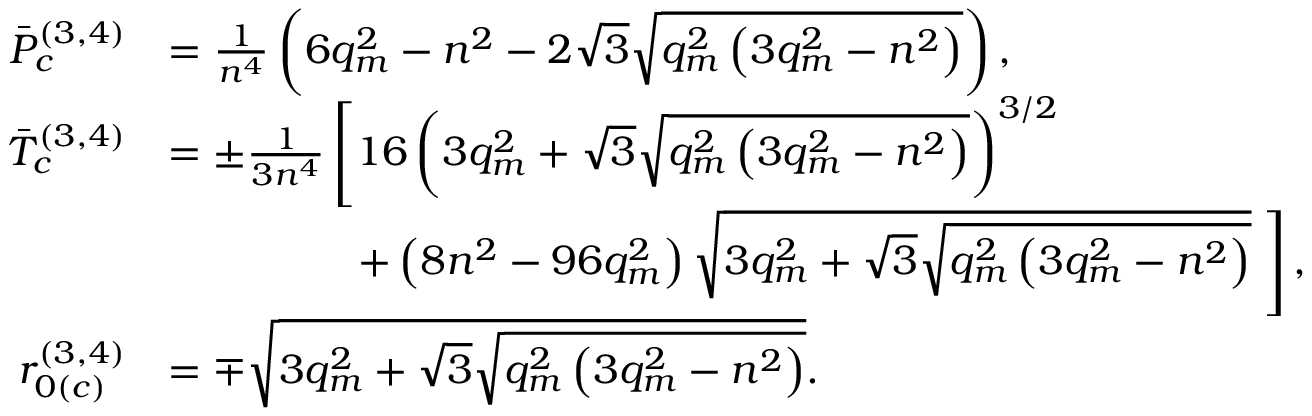
\begin{array} { r l } { \Bar { P } _ { c } ^ { ( 3 , 4 ) } } & { = \frac { 1 } { n ^ { 4 } } \left( 6 q _ { m } ^ { 2 } - n ^ { 2 } - 2 \sqrt { 3 } \sqrt { q _ { m } ^ { 2 } \left( 3 q _ { m } ^ { 2 } - n ^ { 2 } \right) } \right) , } \\ { \Bar { T } _ { c } ^ { ( 3 , 4 ) } } & { = \pm \frac { 1 } { 3 n ^ { 4 } } \left[ 1 6 \left( 3 q _ { m } ^ { 2 } + \sqrt { 3 } \sqrt { q _ { m } ^ { 2 } \left( 3 q _ { m } ^ { 2 } - n ^ { 2 } \right) } \right) ^ { 3 / 2 } \right. } \\ & { \; \; \; \; \; \; \; \; \; \; \; \; \; \; \; \; \left. + \left( 8 n ^ { 2 } - 9 6 q _ { m } ^ { 2 } \right) \sqrt { 3 q _ { m } ^ { 2 } + \sqrt { 3 } \sqrt { q _ { m } ^ { 2 } \left( 3 q _ { m } ^ { 2 } - n ^ { 2 } \right) } } \; \right] , } \\ { r _ { 0 ( c ) } ^ { ( 3 , 4 ) } } & { = \mp \sqrt { 3 q _ { m } ^ { 2 } + \sqrt { 3 } \sqrt { q _ { m } ^ { 2 } \left( 3 q _ { m } ^ { 2 } - n ^ { 2 } \right) } } . } \end{array}